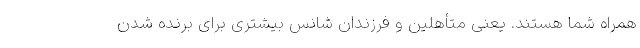
همراه شما هستند. یعنی متأهلین و فرزندان شانس بیشتری برای برنده شدن